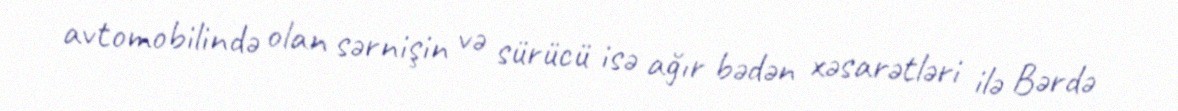
avtomobilində olan sərnişin və sürücü isə ağır bədən xəsarətləri ilə Bərdə